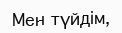
Мен түйдім,